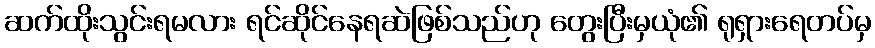
ဆက်ထိုးသွင်းရမလား ရင်ဆိုင်နေရဆဲဖြစ်သည်ဟု တွေးပြီးမှယုံ၏ ရုရှားရေတပ်မှ